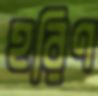
হরিণ